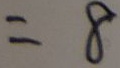
= 8